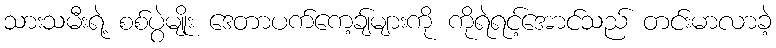
သားသမီးရဲ့ စစ်ပွဲမျိုး ဒေတာပက်ကေ့ချ်များကို ကိုရဲရင့်အောင်သည် တင်းမာလာခဲ့